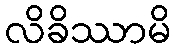
လိခိဿာမိ